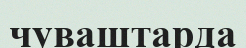
чуваштарда